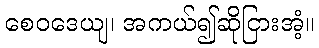
စေဝဒေယျ၊ အကယ်၍ဆိုငြားအံ့။